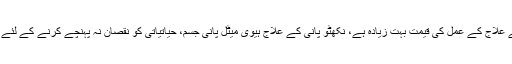
روایتی الیکٹروپلاٹنگ نکھٹو پانی کے علاج کے عمل کی قیمت بہت زیادہ ہے، نکھٹو پانی کے علاج ہیوی میٹل پانی جسم، حیاتیاتی کو نقصان نہ پہنچے کرنے کے لئے آسان کے لئے ری سائیکل نہیں ہے ۔